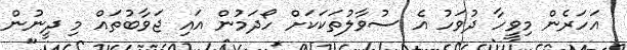
އަހަރެން މިވީހާ ދުވަހު އެ ސުވާލުތަކަކަށް ހޯދަމުން އައި ޖަވާބުތައް މި ދީނުން